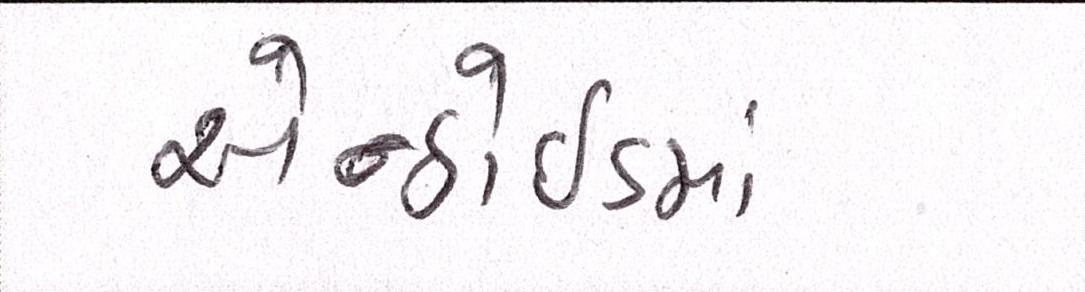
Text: એન્ડ્રોઇડમાં